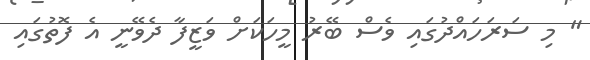
" މި ސަރަހައްދުގައި ވެސް ބޭރު މީހަކަށް ވަޒީފާ ދެވޭނީ އެ ފޮތުގައި